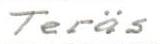
Teräs